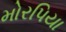
મોરપિયા